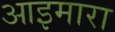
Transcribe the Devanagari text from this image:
आइमारा